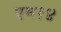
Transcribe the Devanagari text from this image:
एम१४